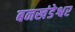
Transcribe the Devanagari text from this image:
बनखंडेश्वर